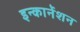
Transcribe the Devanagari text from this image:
इन्कार्नेशन